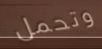
وتحمل